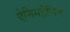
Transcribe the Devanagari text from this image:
ऐमिगडैलिन